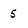
Character: 5